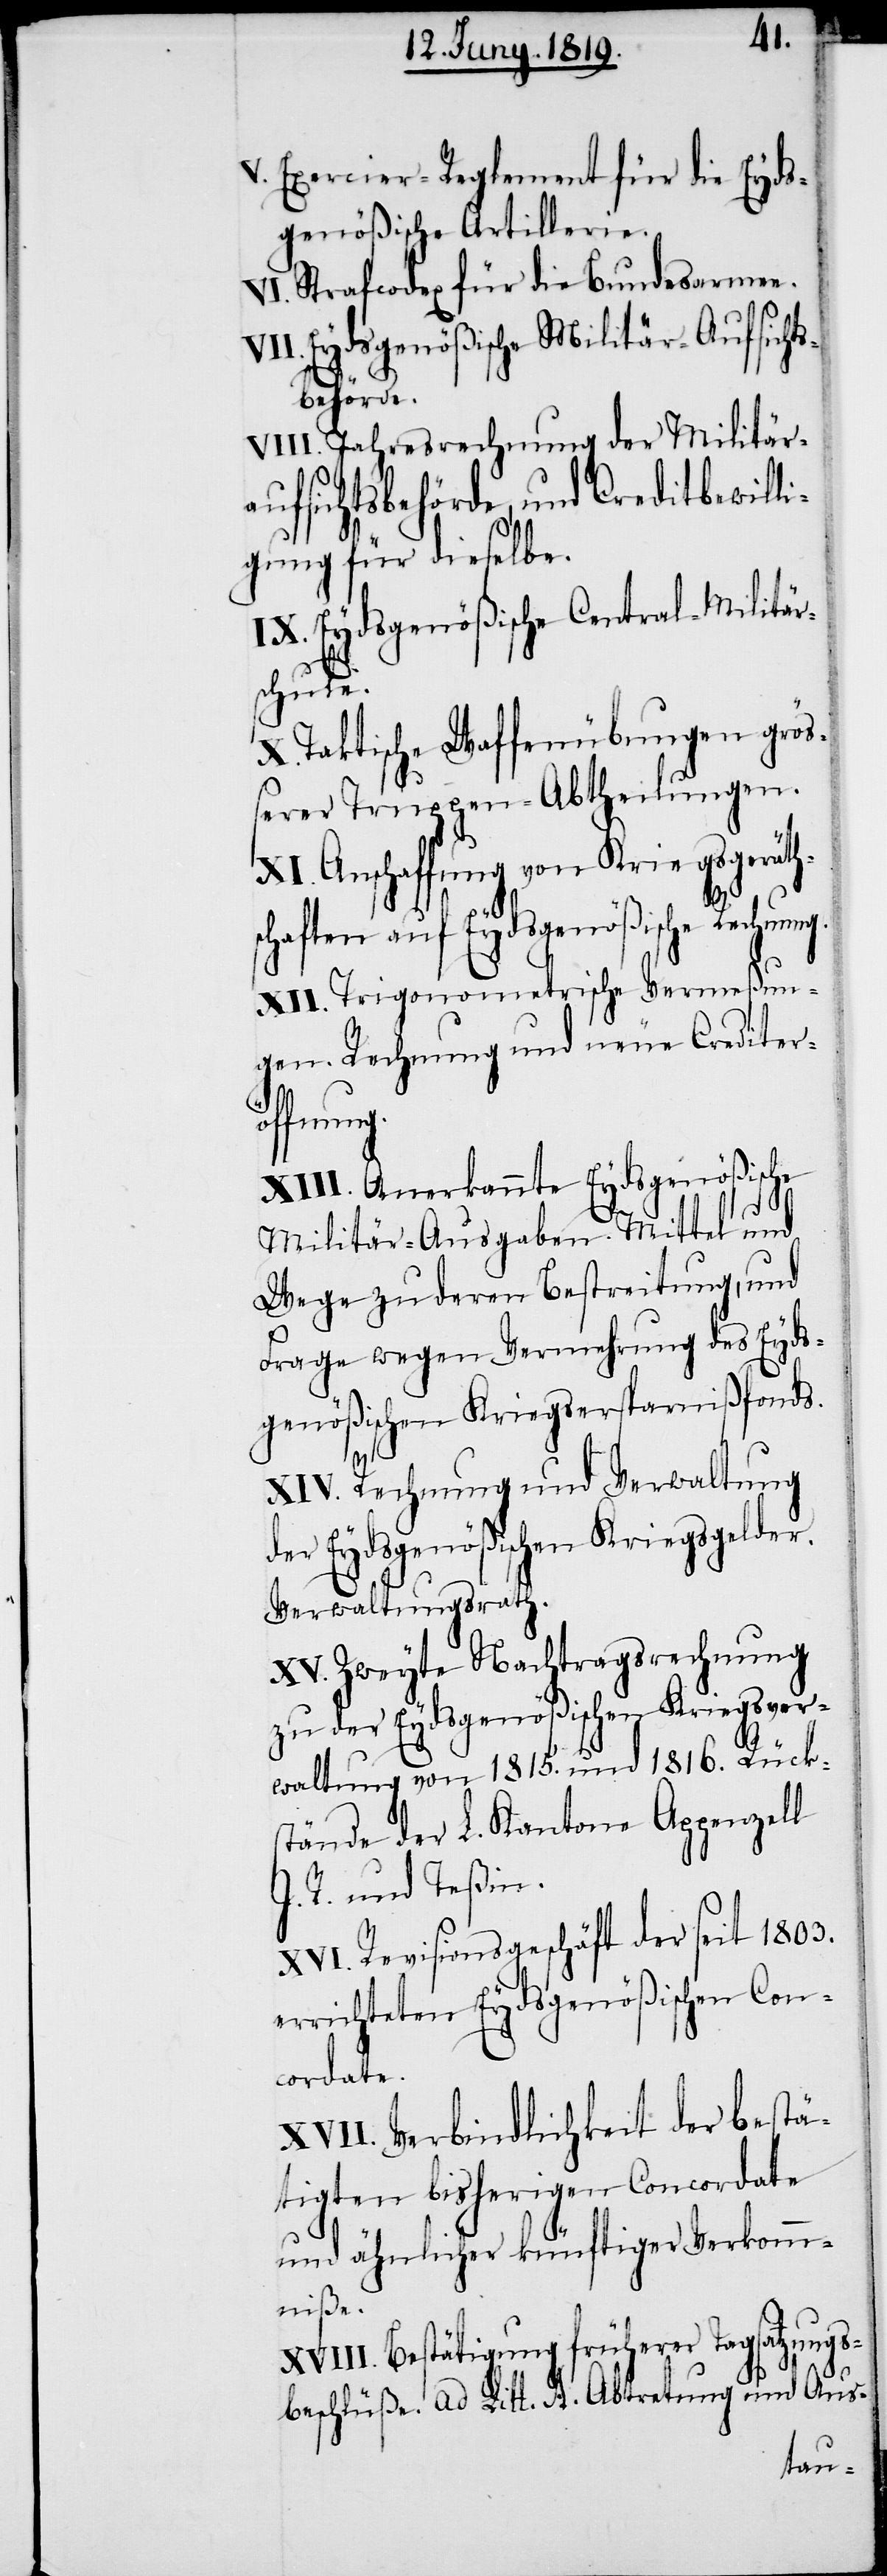
V. Exercier-Reglement für die Eyds¬
genößische Artillerie.
VI. Strafcodex für die Bundesarmee.
VII. Eydsgenößische Militär-Aufsichts¬
behörde.
VIII. Jahresrechnung der Militär¬
aufsichtsbehörde, und Creditbewilli¬
gung für dieselbe.
IX. Eydsgenößische Central-Militär¬
schule.
X. Taktische Waffenübungen grös¬
serer Truppen-Abtheilungen.
XI. Anschaffung von Kriegsgeräth¬
schaften auf Eydsgenößische Rechnung.
XII. Trigonometrische Vermeßun¬
gen. Rechnung und neue Crediterö¬
ffnung.
XIII. Anerkannte Eydsgenößische
Militär-Ausgaben. Mittel und
Wege zu deren Bestreitung, und
Frage wegen Vermehrung des Eyds¬
genößischen Kriegsersparnißfonds.
XIV. Rechnung und Verwaltung
der Eydsgenößischen Kriegsgelder.
Verwaltungsrath.
XV. Zweyte Nachtragsrechnung
zu der Eydsgenößischen Kriegsver¬
waltung von 1815. und 1816. Rück¬
stände der L. Kantone Appenzell
I. R. und Teßin.
XVI. Revisionsgeschäft der seit 1803.
errichteten Eydsgenößischen Con¬
cordate.
XVII. Verbindlichkeit der bestä¬
tigten bisherigen Concordate
und ähnlicher künftiger Verkomm¬
niße.
XVIII. Bestätigung früherer Tagsatzungs¬
beschlüße. ad Litt. A. Abtretung und Aus-